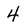
Character: 4